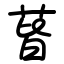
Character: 蒈